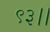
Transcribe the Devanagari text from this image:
९३।।